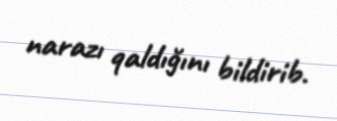
narazı qaldığını bildirib.